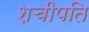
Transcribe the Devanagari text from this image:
शचीपति